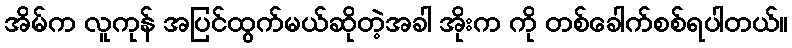
အိမ်က လူကုန် အပြင်ထွက်မယ်ဆိုတဲ့အခါ အိုးက ကို တစ်ခေါက်စစ်ရပါတယ်။